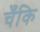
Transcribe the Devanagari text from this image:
चँकि